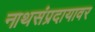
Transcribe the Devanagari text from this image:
नाथसंप्रदायावर